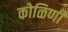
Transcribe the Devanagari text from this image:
कोळिणी